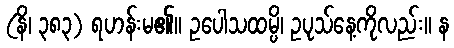
(နိ၊ ၃၈၃) ရဟန်းမ၏။ ဥပေါသထမ္ပိ၊ ဥပုသ်နေ့ကိုလည်း။ န